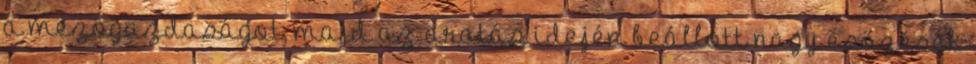
a mezőgazdaságot, majd az aratás idején beállott nagy esőzések